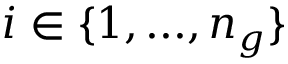
i \in \{ 1 , . . . , n _ { g } \}